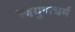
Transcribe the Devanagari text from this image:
स्वगुणधर्म